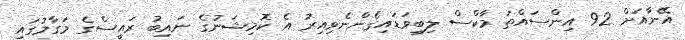
އޭނާއަށް 92 އިންސައްތަ މާކްސް ލިބިވަޑައިގެންނެވިއިރު އެ ކޮމިޝަނުގެ ނައިބު ރައީސްގެ މަގާމުގައި